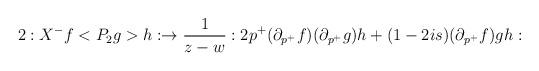
LaTeX: \begin{align*}2:X^{-}f<{P_2}g>h:\rightarrow \frac 1{z-w}:2p^{+}(\partial_{p^{+}}f)(\partial _{p^{+}}g)h+(1-2is)(\partial _{p^{+}}f)gh:\end{align*}